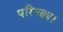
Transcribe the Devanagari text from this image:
परिच्‍छा।